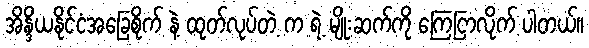
အိန္ဒိယနိုင်ငံအခြေစိုက် နဲ့ ထုတ်လုပ်တဲ့ က ရဲ့ မျိုးဆက်ကို ကြေငြာလိုက် ပါတယ်။